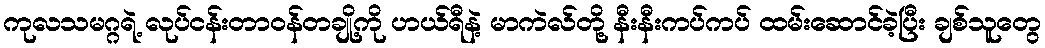
ကုလသမဂ္ဂရဲ့ လုပ်ငန်းတာဝန်တချို့ကို ဟယ်ရီနဲ့ မာကဲလ်တို့ နီးနီးကပ်ကပ် ထမ်းဆောင်ခဲ့ပြီး ချစ်သူတွေ